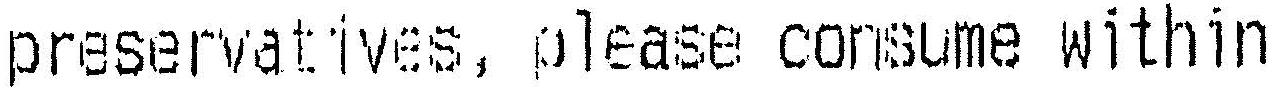
PRESERVATIVES, PLEASE CONSUME WITHIN